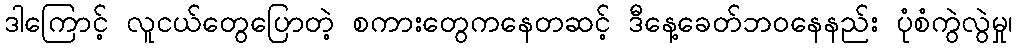
ဒါကြောင့် လူငယ်တွေပြောတဲ့ စကားတွေကနေတဆင့် ဒီနေ့ခေတ်ဘဝနေနည်း ပုံစံကွဲလွဲမှု၊